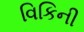
વિકિની